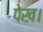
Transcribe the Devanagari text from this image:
पेख।